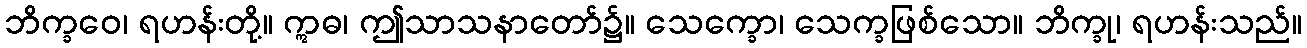
ဘိက္ခဝေ၊ ရဟန်းတို့။ ဣဓ၊ ဤသာသနာတော်၌။ သေက္ခော၊ သေက္ခဖြစ်သော။ ဘိက္ခု၊ ရဟန်းသည်။